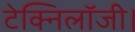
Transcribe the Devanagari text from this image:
टेक्निलॉजी।